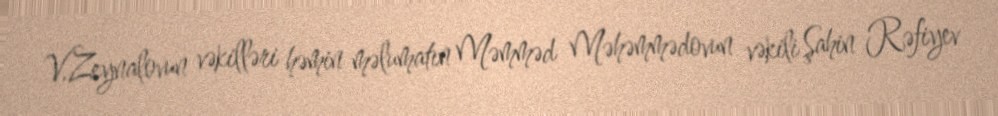
V.Zeynalovun vəkilləri həmin məlumatın Məmməd Məhəmmədovun vəkili Şahin Rəfiyev